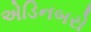
એડિનબરો